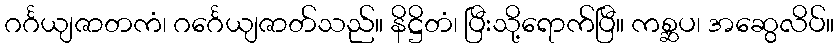
ဂင်္ဂယျဇာတကံ၊ ဂင်္ဂေယျဇာတ်သည်။ နိဋ္ဌိတံ၊ ပြီးသို့ရောက်ပြီ။ ကစ္ဆပ၊ အဆွေလိပ်။